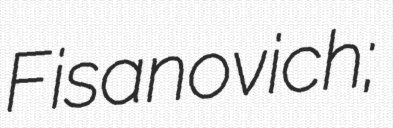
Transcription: Fisanovich;